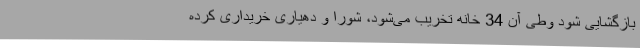
بازگشایی شود وطی آن 34 خانه تخریب می‌شود، شورا و دهیاری خریداری کرده